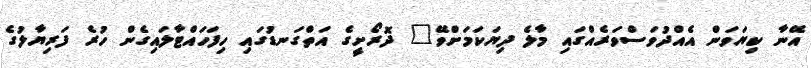
އޭނާ ކިޔަވަން އެއްދުވަސްވަރެއްގައި މާލެ ދިޔަކަމަށްވޭ" ދޮރޯށީގެ އަތްގަނޑުގައި ހިފަހައްޓާލައިގެން ހުރެ ފަރިޔާލުގެ